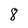
Character: 8